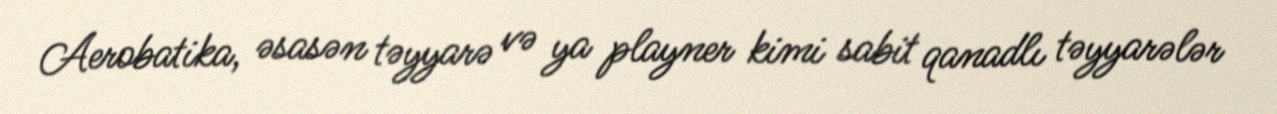
Aerobatika, əsasən təyyarə və ya playner kimi sabit qanadlı təyyarələr